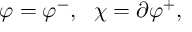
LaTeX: \varphi = \varphi ^ { - } , ~ ~ \chi = \partial \varphi ^ { + } ,